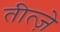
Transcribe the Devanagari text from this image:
तीत्ज़े